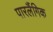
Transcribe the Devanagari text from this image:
पारलैंगिक